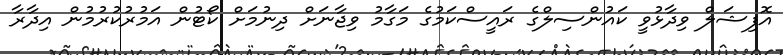
އޮފިޝަލް ވިދާޅުވީ ކައުންސިލްގެ ރައީސްކަމުގެ މަގާމު ވިޖާނަށް ދިނުމަށް ކޯޓުން އަމުރުކުރުމުން އިދާރާ